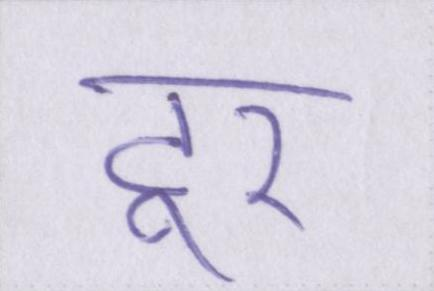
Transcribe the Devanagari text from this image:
टूर